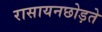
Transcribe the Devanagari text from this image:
रासायनछोड़ते